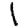
Digit: 1